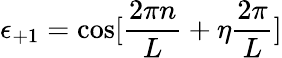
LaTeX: \epsilon_{+1}=\cos[\frac{2\pi n}{L}+\eta\frac{2\pi}{L}]